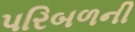
પરિબળની